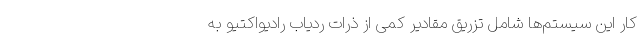
کار این سیستم‌ها شامل تزریق مقادیر کمی از ذرات ردیاب رادیواکتیو به